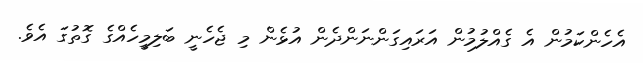
އެހެންކަމުން އެ ގެއްލުމުން އަރައިގަންނަންދެން އުޅެން މި ޖެހެނީ ބަލިމީހެއްގެ ގޮތުގަ އެވެ.